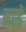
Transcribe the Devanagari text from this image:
मह्डे